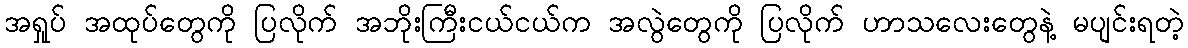
အရှုပ် အထုပ်တွေကို ပြလိုက် အဘိုးကြီးငယ်ငယ်က အလွဲတွေကို ပြလိုက် ဟာသလေးတွေနဲ့ မပျင်းရတဲ့